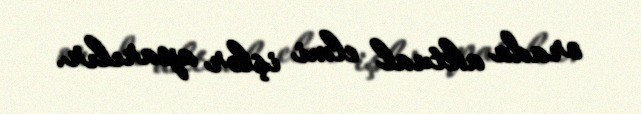
orada aktual elmi işlər aparılır.